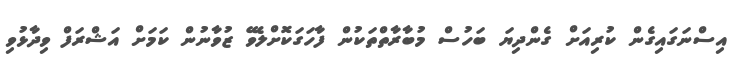
އިސްނަގައިގެން ކުރިއަށް ގެންދިޔަ ބަހުސް މުބާރާތްތަކުން ފާހަގަކޮށްލެވޭ ޒުވާނުން ކަމަށް އަޝްރަފް ވިދާޅުވި